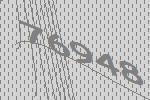
76948